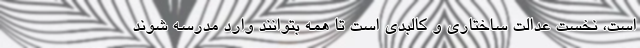
است، نخست عدالت ساختاری و کالبدی است تا همه بتوانند وارد مدرسه شوند